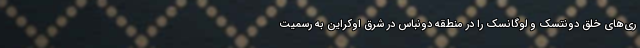
ری‌های خلق دونتسک و لوگانسک را در منطقه دونباس در شرق اوکراین به رسمیت